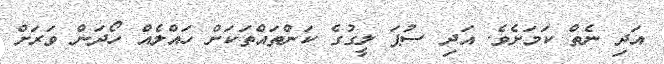
އަދި ނެތް ކަމަށެވެ. އަދި ސުޕަ ލީގުގެ ކަންތައްތަކަށް ހައްލެއް ހޯދަން ވަރަށް